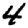
Digit: 4